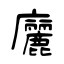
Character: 廲